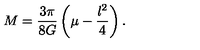
M = \frac { 3 \pi } { 8 G } \left( \mu - \frac { l ^ { 2 } } { 4 } \right) .